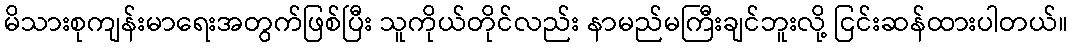
မိသားစုကျန်းမာရေးအတွက်ဖြစ်ပြီး သူကိုယ်တိုင်လည်း နာမည်မကြီးချင်ဘူးလို့ ငြင်းဆန်ထားပါတယ်။